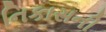
નિકાસની